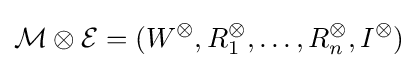
{\mathcal {M}}\otimes {\mathcal {\mathcal {E}}}=(W^{\otimes },R_{1}^{\otimes },\ldots ,R_{n}^{\otimes },I^{\otimes })